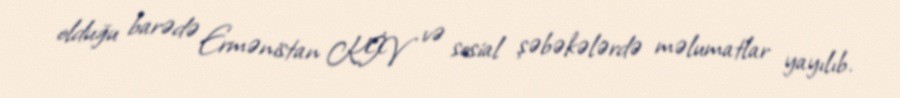
olduğu barədə Ermənistan KİV və sosial şəbəkələrdə məlumatlar yayılıb.